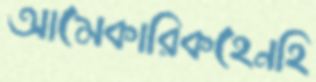
আমেকারিকহেনহি